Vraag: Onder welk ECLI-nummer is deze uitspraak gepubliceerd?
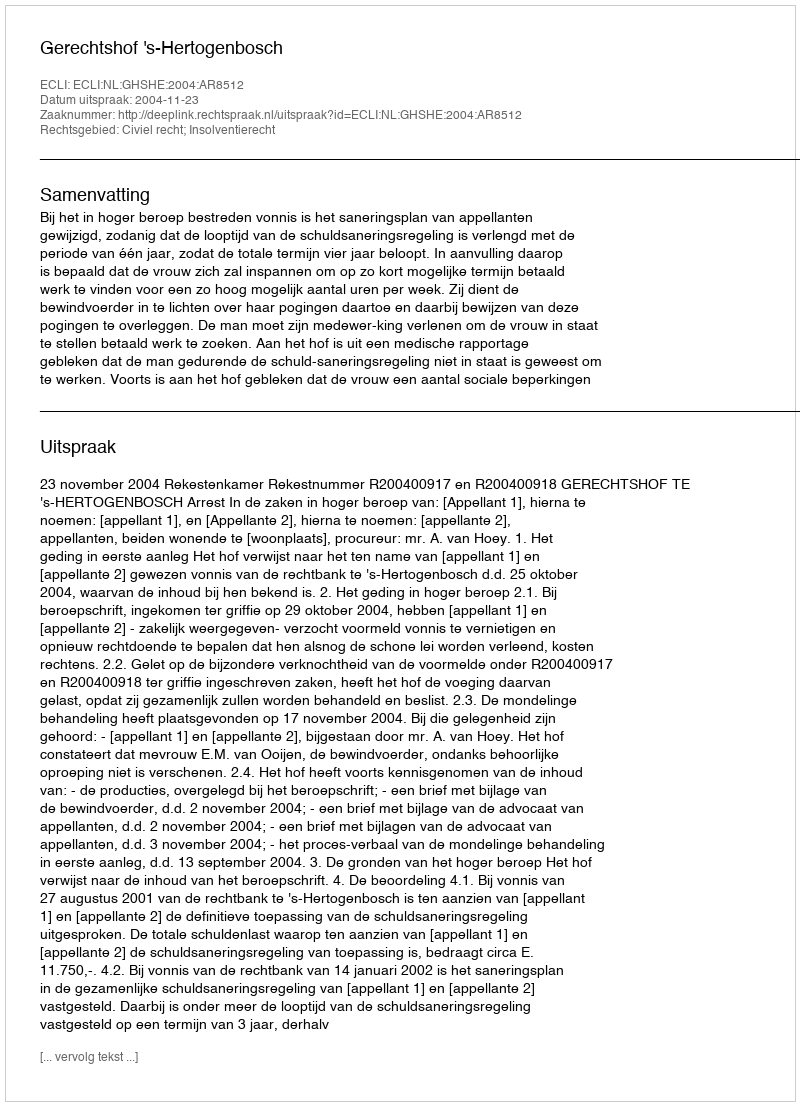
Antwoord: ECLI:NL:GHSHE:2004:AR8512